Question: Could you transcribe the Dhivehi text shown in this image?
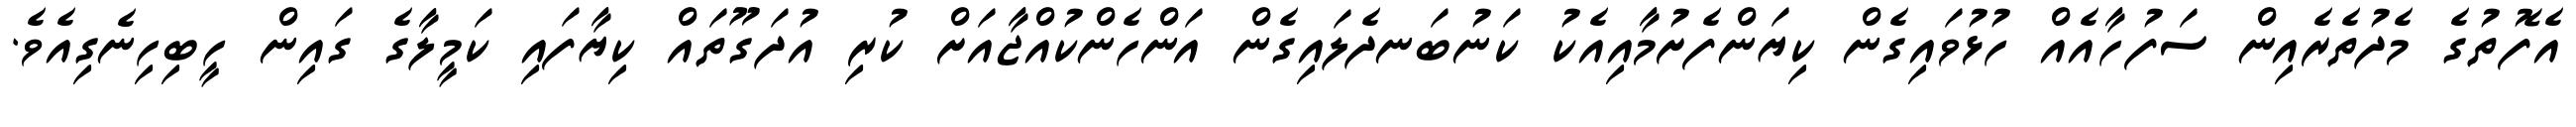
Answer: އެފޮތުގެ މެދުތެރެއިން ސަފުހާއެއް ހުޅުވައިގެން ކިޔަންފެށުމާއިއެކު ކަނުބަނދެލައިގެން އަންހެންކުއްޖާއަށް ކުރި އުދަގޫތައް ކިޔާފައި ކަމީލާގެ ގައިން ހީބިހިނެގިއެވެ.